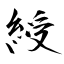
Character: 綬